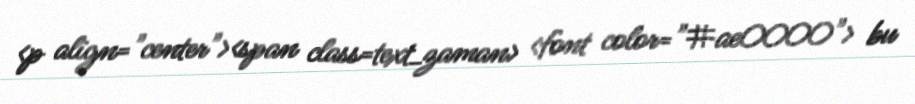
<p align="center"><span class=text_zaman> <font color="#ae0000"> bu